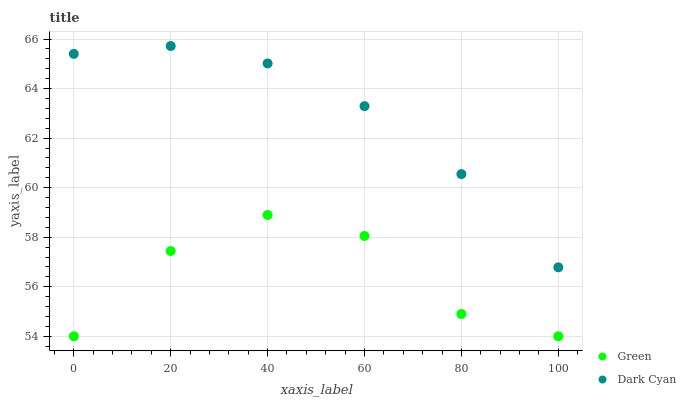
| xaxis_label | Green | Dark Cyan |
 | --- | --- | --- |
 | 0 | 54 | 65.4 |
 | 20 | 57.4 | 65.7 |
 | 40 | 58.9 | 65 |
 | 60 | 58.1 | 63.3 |
 | 80 | 54.9 | 60.5 |
 | 100 | 54 | 56.8 |